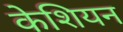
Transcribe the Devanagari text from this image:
केशियन